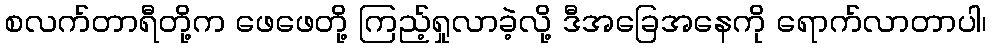
စလက်တာရီတို့က ဖေဖေတို့ ကြည့်ရှုလာခဲ့လို့ ဒီအခြေအနေကို ရောက်လာတာပါ၊